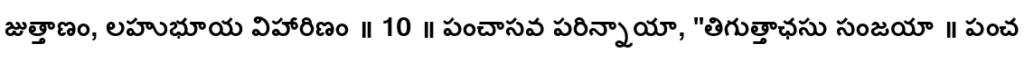
జుత్తాణం, లహుభూయ విహారిణం ॥ 10 ॥ పంచాసవ పరిన్నాయా, "తిగుత్తాఛసు సంజయా ॥ పంచ